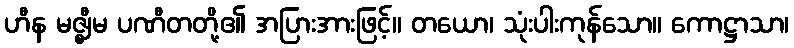
ဟီန မဇ္ဈီမ ပဏီတတို့၏ အပြားအားဖြင့်။ တယော၊ သုံးပါးကုန်သော။ ကောဋ္ဌာသာ၊